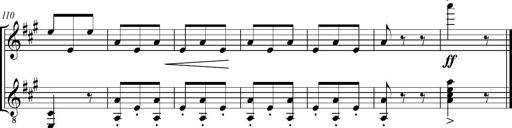
Title: Sonatine bureaucratique
Composer: Erik Satie